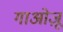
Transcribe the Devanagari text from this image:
गाओज़ू